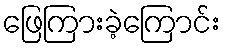
ဖြေကြားခဲ့ကြောင်း